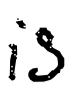
Text: is
Cross-out: clean
Writing tool: digital_black